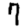
Digit: 7